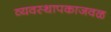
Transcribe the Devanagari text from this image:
व्यवस्थापकाजवळ